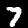
Digit: 7